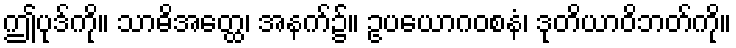
ဤပုဒ်ကို။ သာဓိအတ္ထေ၊ အနက်၌။ ဥပယောဂဝစနံ၊ ဒုတိယာဝိဘတ်ကို။